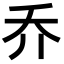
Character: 乔